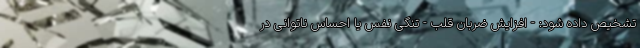
تشخیص داده شود: - افزایش ضربان قلب - تنگی نفس یا احساس ناتوانی در